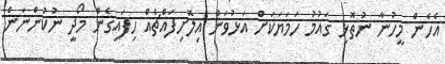
އެހެން މީހުނާ ނުތޮޅި ގައުމު ހަމަޔަކަށް އަޅުވަން އިލޮށިފައްޗެއް ހިފައިގެން މޯދީ ނުކުންނަން